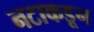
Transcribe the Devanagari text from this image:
नटाकडून